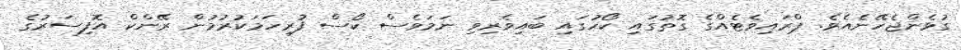
ގުޅެންޖެހޭނެއެވެ. ޕްރައިވެޓެއްގެ ގޮތުގައި ކޯހުގައި ބައިވެރިވި ނަމަވެސް ކޯސް ފުރިހަމަކުރުމުން ރޭންކް އޮފިސަރުގެ